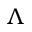
\Lambda